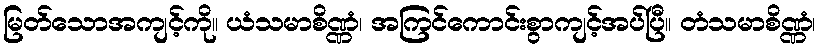
မြတ်သောအကျင့်ကို။ ယံသမာစိဏ္ဏံ၊ အကြင်ကောင်းစွာကျင့်အပ်ပြီ။ တံသမာစိဏ္ဏံ၊